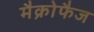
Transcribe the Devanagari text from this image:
मैक्रोफैज